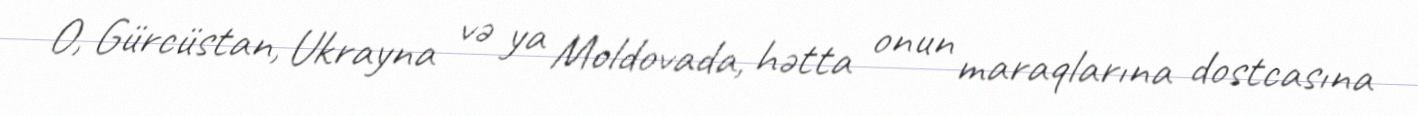
O, Gürcüstan, Ukrayna və ya Moldovada, hətta onun maraqlarına dostcasına